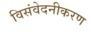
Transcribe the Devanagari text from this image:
विसंवेदनीकरण